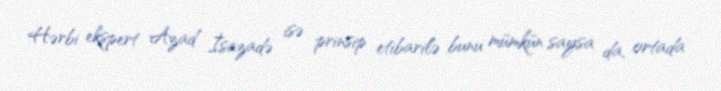
Hərbi ekspert Azad İsazadə isə prinsip etibarilə bunu mümkün saysa da, ortada